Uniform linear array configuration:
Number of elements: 32
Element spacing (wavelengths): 0.5
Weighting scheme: exponential
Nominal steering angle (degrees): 45
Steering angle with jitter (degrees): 43.235
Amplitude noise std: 0.05
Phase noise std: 0.05

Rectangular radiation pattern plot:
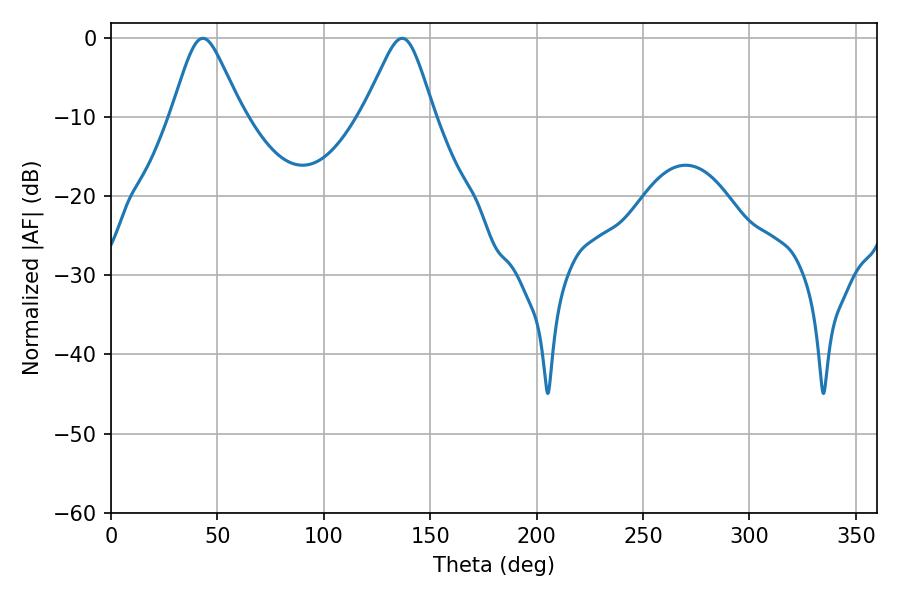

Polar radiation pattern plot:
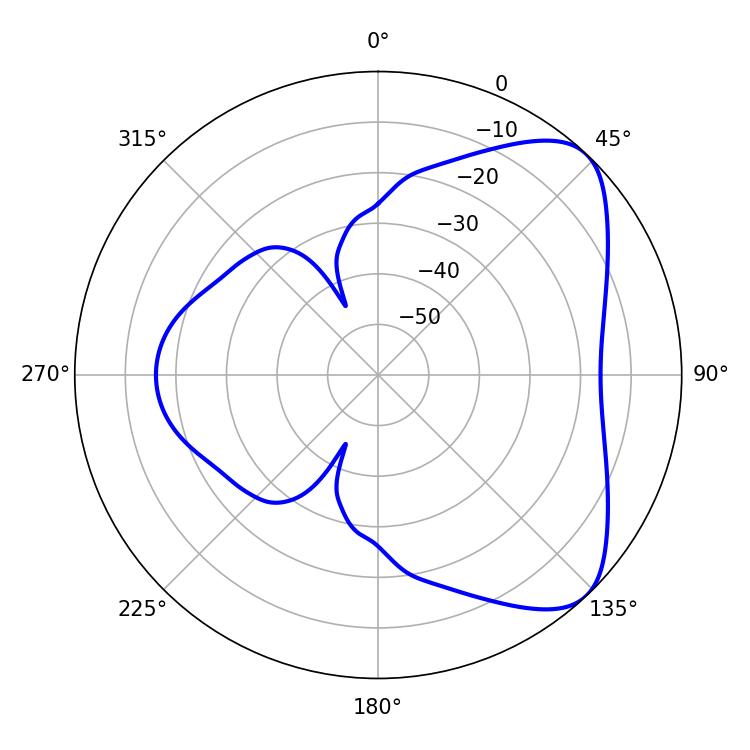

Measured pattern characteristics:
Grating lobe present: FALSE
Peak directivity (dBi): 6.283
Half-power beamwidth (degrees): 16.02
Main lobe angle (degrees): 43.2